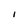
Character: l